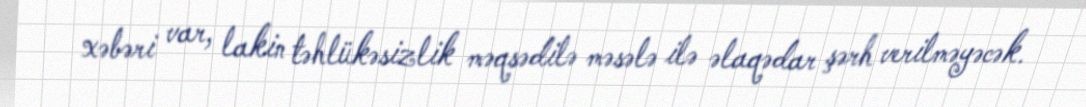
xəbəri var, lakin təhlükəsizlik məqsədilə məsələ ilə əlaqədar şərh verilməyəcək.